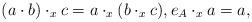
LaTeX: \begin{align*}(a\cdot b)\cdot_xc = a\cdot_x(b\cdot_x c),e_A\cdot_x a = a,\end{align*}